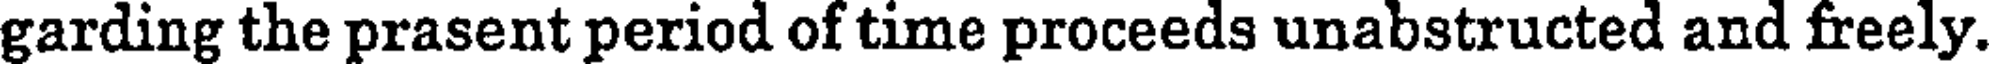
garding the prasent period of time proceeds unabstructed and freely.